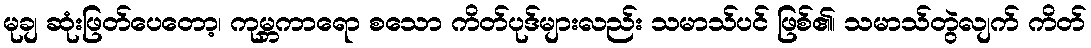
မုချ ဆုံးဖြတ်ပေတော့၊ ကုမ္ဘကာရော စသော ကိတ်ပုဒ်များလည်း သမာသ်ပင် ဖြစ်၏၊ သမာသ်တွဲလျက် ကိတ်